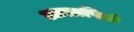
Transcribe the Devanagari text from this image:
आलापितो